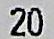
20